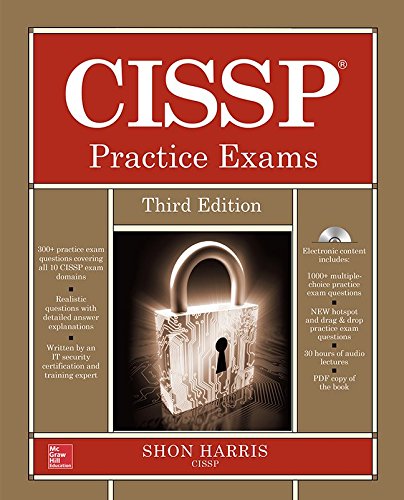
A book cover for CISSP Practice Exams, Third Edition; Shon Harris; Computers & Technology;